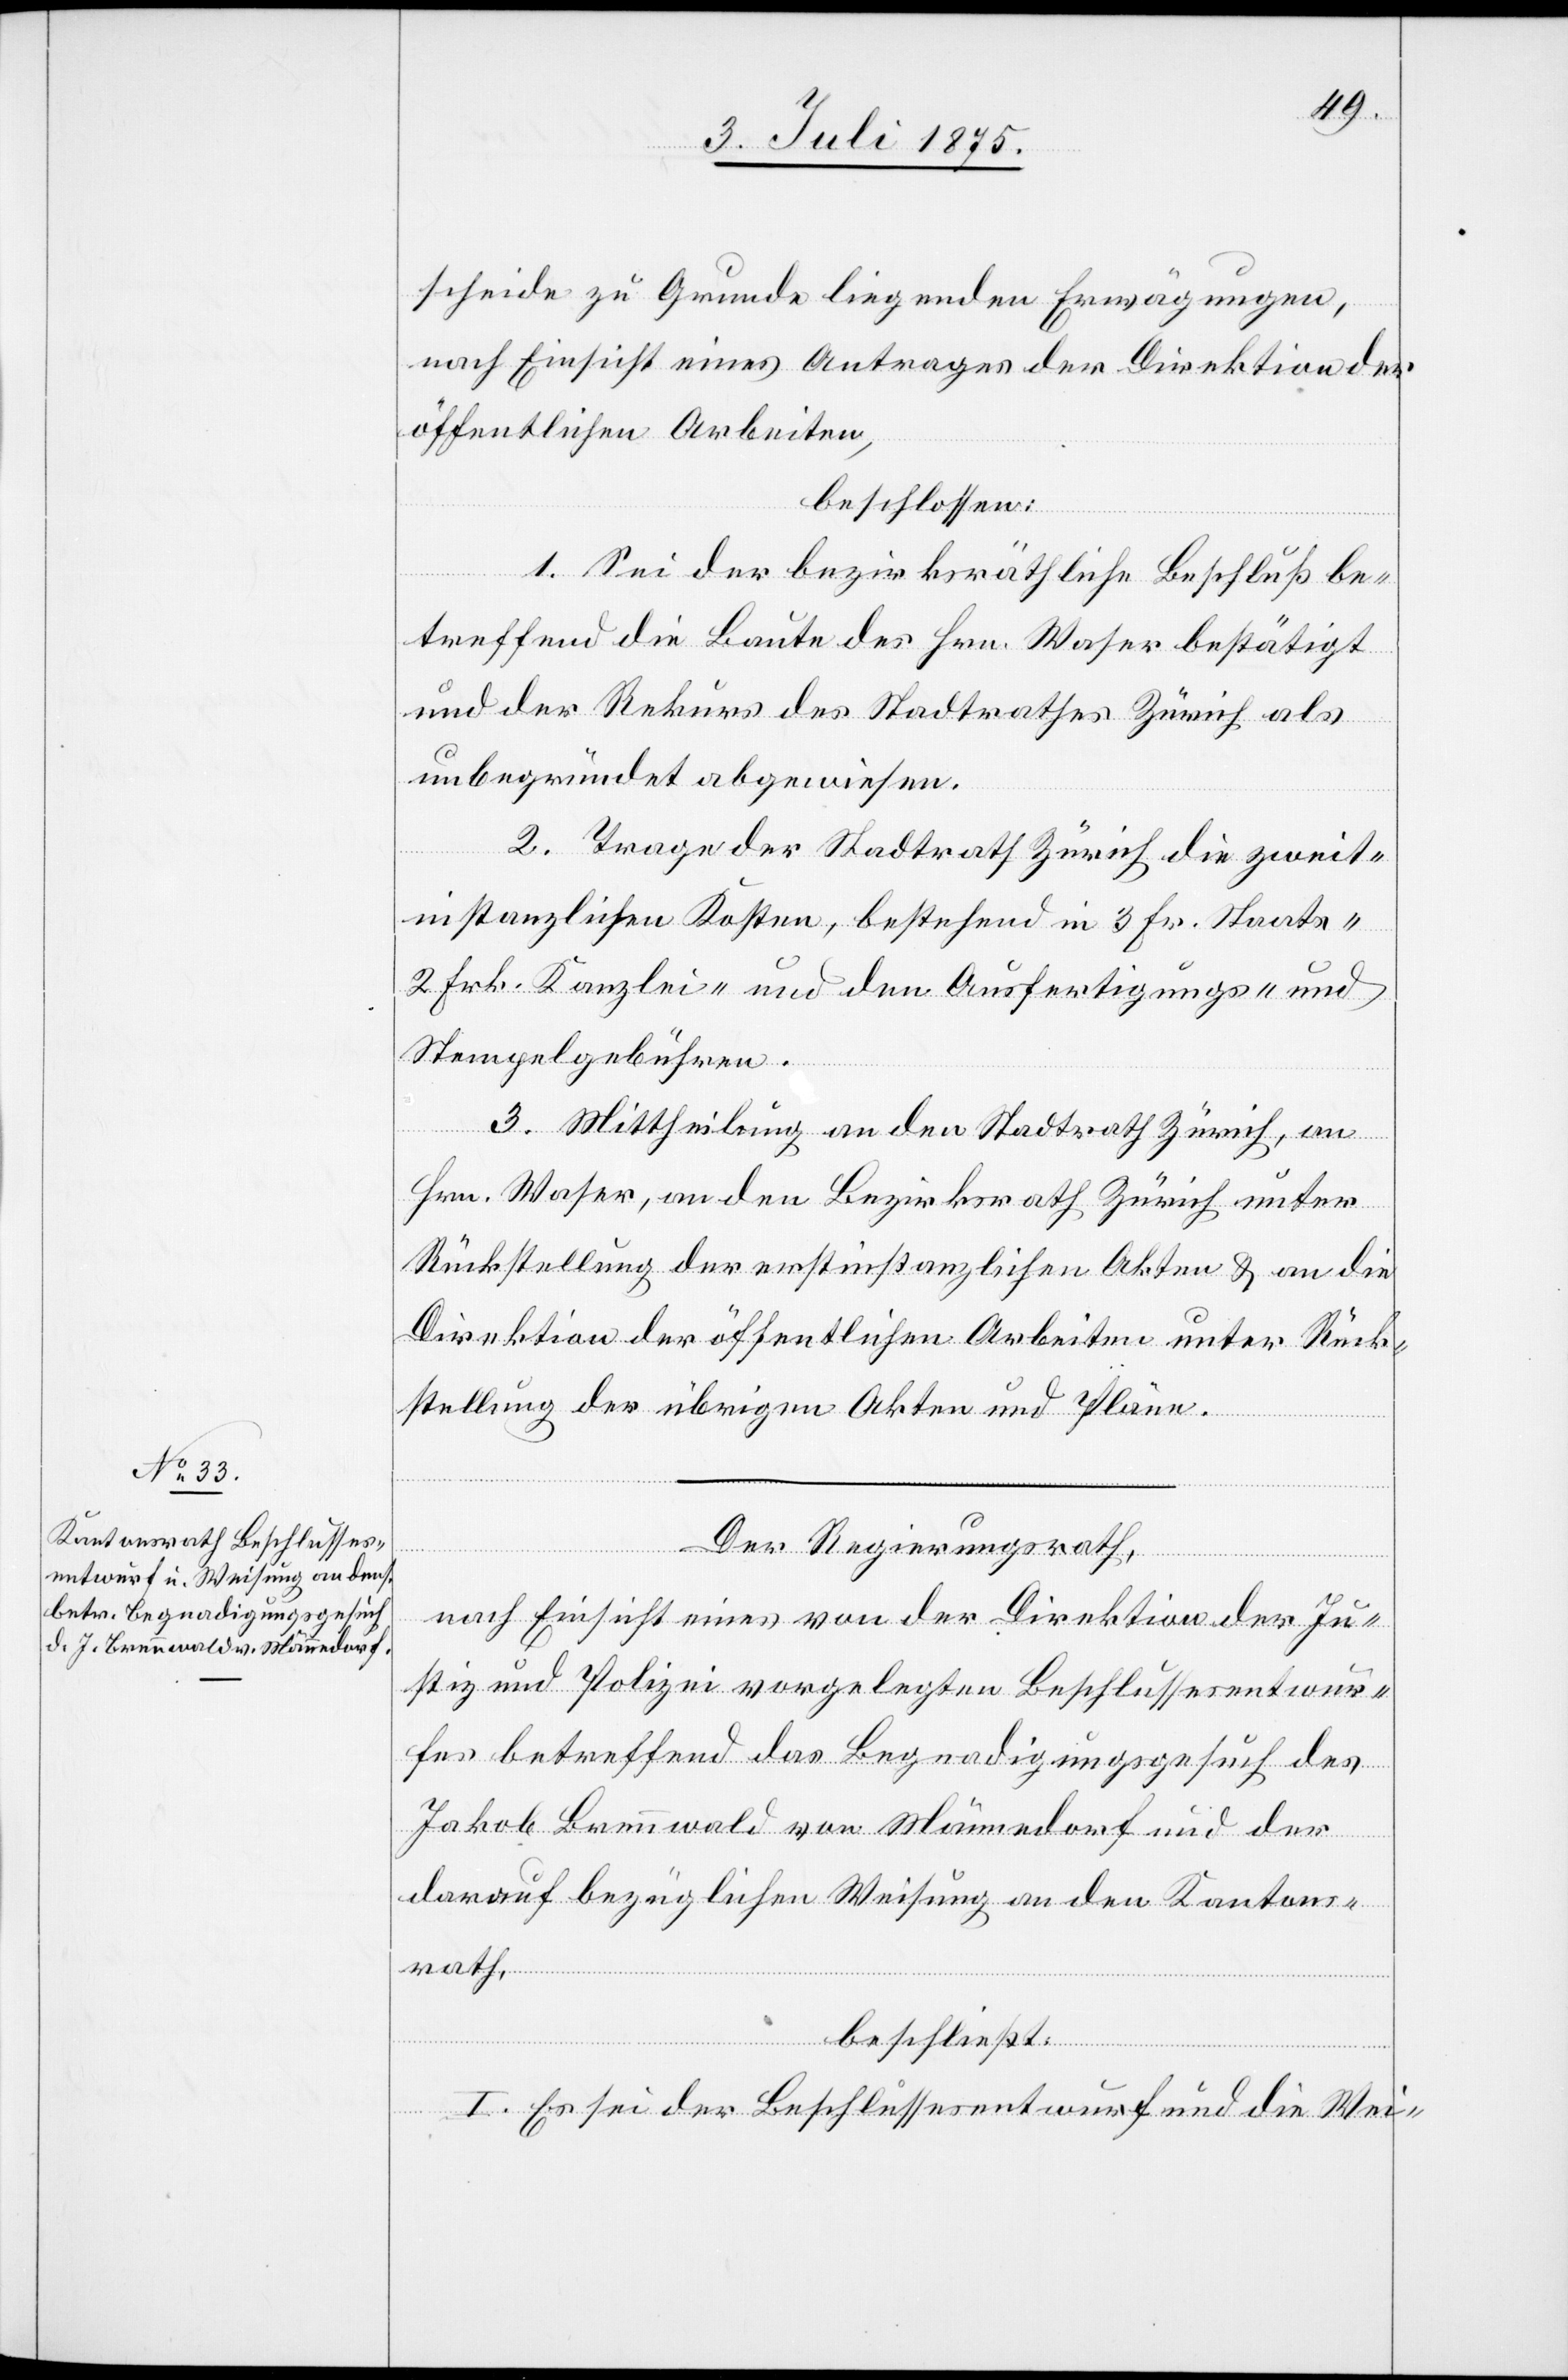
scheide zu Grunde liegenden Erwägungen,
nach Einsicht eines Antrages der Direktion der
öffentlichen Arbeiten,
beschlossen:
1. Sei der bezirksräthliche Beschluß be¬
treffend die Baute des Hrn. Waser bestätigt
und der Rekurs des Stadtrathes Zürich als
unbegründet abgewiesen.
2. Trage der Stadtrath Zürich die zweit¬
instanzlichen Kosten, bestehend in 3 Fr. Staats-
2 Frk. Kanzlei- und den Ausfertigungs- und
Stempelgebühren.
3. Mittheilung an den Stadtrath Zürich, an
Hrn. Waser, an den Bezirksrath Zürich unter
Rückstellung der erstinstanzlichen Akten & an die
Direktion der öffentlichen Arbeiten unter Rück¬
stellung der übrigen Akten und Pläne.
Der Regierungsrath,
nach Einsicht eines von der Direktion der Ju¬
stiz und Polizei vorgelegten Beschlussesentwur¬
fes betreffend das Begnadigungsgesuch, des
Jakob Brennwald von Männedorf und der
darauf bezüglichen Weisung an den Kantons¬
rath,
beschließt:
I. Es sei der Beschlussesentwurf und die Wei-